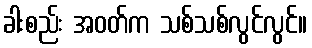
ခါးစည်း အဝတ်က သစ်သစ်လွင်လွင်။